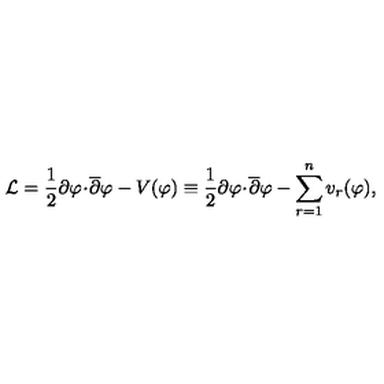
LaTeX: { \cal L } = \frac { 1 } { 2 } \partial \varphi \! \cdot \! { \overline { \partial } } \varphi - V ( \varphi ) \equiv \frac { 1 } { 2 } \partial \varphi \! \cdot \! { \overline { \partial } } \varphi - \sum _ { r = 1 } ^ { n } v _ { r } ( \varphi ) ,